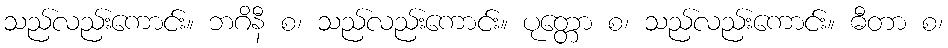
သည်လည်းကောင်း။ ဘဂိနီ စ၊ သည်လည်းကောင်း။ ပုတ္တော စ၊ သည်လည်းကောင်း။ ဓီတာ စ၊